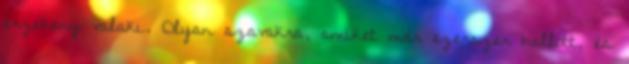
érzékeny valaki. Olyan szavakra, amiket már ezerszer hallott, és